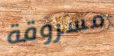
مسروقة